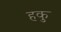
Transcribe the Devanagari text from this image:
हकु